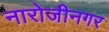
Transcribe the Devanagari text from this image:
नारोजीनगर